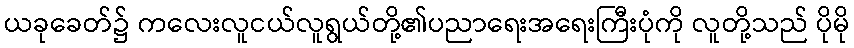
ယခုခေတ်၌ ကလေးလူငယ်လူရွယ်တို့၏ပညာရေးအရေးကြီးပုံကို လူတို့သည် ပိုမို